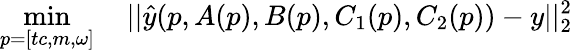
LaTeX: \operatorname*{min}_{p=[tc,m,\omega]}\quad||\hat{y}(p,A(p),B(p),C_{1}(p),C_{2}(p))-y||_{2}^{2}